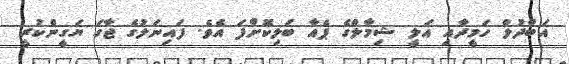
އަބްދުލް ހަމީދާއި އަލީ ޝިމާލްގެ ޕެއާ ބަލިކޮށްފަ އެވެ. ފައިނަލުގެ ޖާގަ ޔަގީންކުރީ